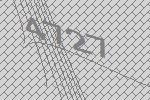
4727